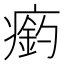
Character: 瘹